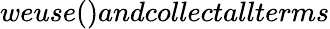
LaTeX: weuse()andcollectallterms